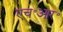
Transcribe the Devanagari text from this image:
एच॰आर॰